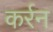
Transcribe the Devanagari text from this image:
कर्रन